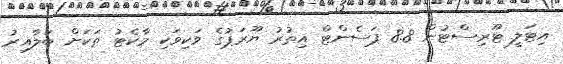
އިޓަލީ ޓޫރިސްޓުން 8.8 ޕަސެންޓް އިތުރު ޔޫރަޕުގެ ވަކިވަކި މާކެޓު ތަކަށް ބަލާއިރު